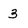
Character: 3